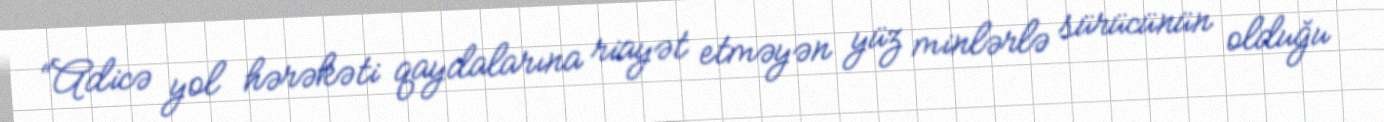
“Adicə yol hərəkəti qaydalarına riayət etməyən yüz minlərlə sürücünün olduğu